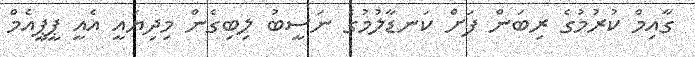
ގާއިމް ކުރުމުގެ ރިބަން ފަށް ކަނޑާލުމުގެ ނަސީބު ލިބިގެން މިދިޔައީ އެއީ ޕީޕީއެމް